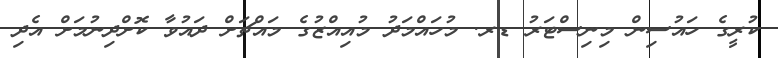
ކުރީގެ ހައުސިން މިނިސްޓަރު ޑރ. މުހައްމަދު މުއިއްޒުގެ މަައްޗަށް ދައުވާ ކޮށްދިނުމަށް އެދި